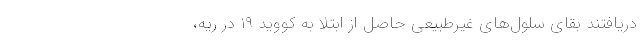
دریافتند بقای سلول‌های غیرطبیعی حاصل از ابتلا به کووید ۱۹ در ریه،